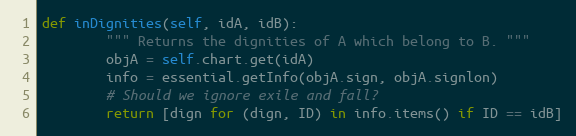
Language: Python
def inDignities(self, idA, idB):
        """ Returns the dignities of A which belong to B. """
        objA = self.chart.get(idA)
        info = essential.getInfo(objA.sign, objA.signlon)
        # Should we ignore exile and fall?
        return [dign for (dign, ID) in info.items() if ID == idB]